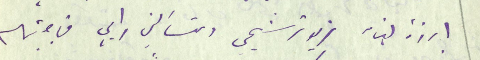
ارزة لبنان تريد ترشيحي وتسألني رايي فاجبتهم